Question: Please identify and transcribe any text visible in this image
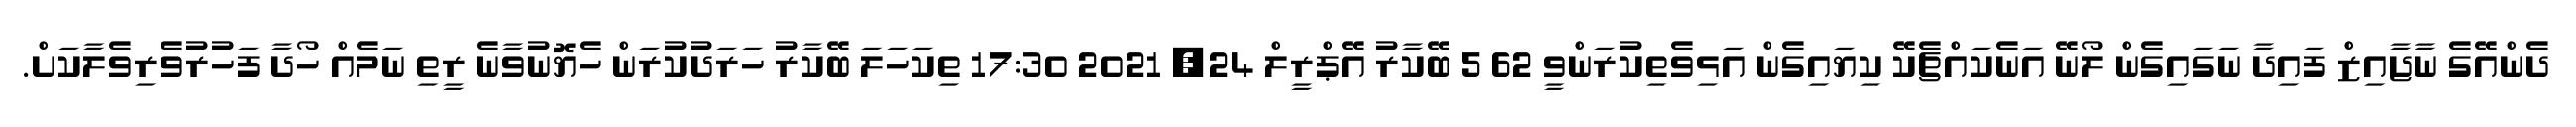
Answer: ދެންއޭގެ ނާޖާއިޒް ފައިދާ ނަގައިގެން ލޯނޭ އަނެކައްޗެކޭ ކިޔައިގެން އަޅިވެތިކުރަންވީ 62 5 ބޭކާރު އޭޕްރީލް 24, 2021 17:30 ތިކަހަލަ ބޭކާރު ހަރަދުކުރަން ހެޔޮނުވާނެ ރީތި ނަމެއް ހޯދާ ފަހުރުވެރިވެލާކަށް.